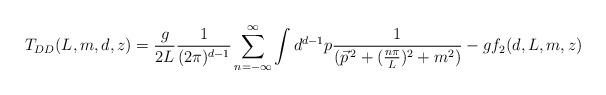
LaTeX: \begin{align*}T_{DD}(L,m,d,z)=\frac{g}{2L}\frac{1}{(2\pi)^{d-1}}\sum_{n=-\infty}^{\infty}\int d^{d-1}p\frac{1}{(\vec{p}^{\,2}+(\frac{n\pi}{L})^{2}+m^{2})}-gf_{2}(d,L,m,z)\end{align*}